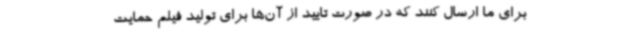
برای ما ارسال کنند که در صورت تایید از آن‌ها برای تولید فیلم حمایت